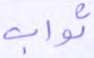
ثواب